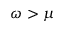
\omega > \mu